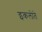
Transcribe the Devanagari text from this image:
इकलोते